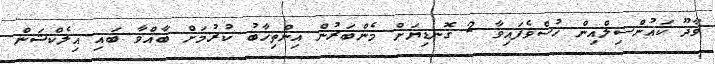
ވާދޫ ކައުންސިލްއިން ހުސްވެފައިވާ 2 ގޮނޑިޔަށް މެންބަރުން އިންތިޚާބު ކުރުމަށް ބާއްވާ ބައި-އިލެކްޝަން